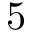
5